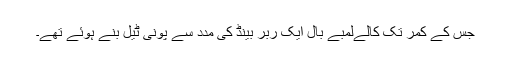
جس کے کمر تک کالےلمبے بال ایک ربر بینڈ کی مدد سے پونی ٹیل بنے ہوئے تھے۔